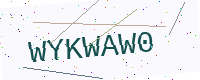
Text: WYKWAW0